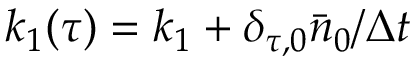
k _ { 1 } ( \tau ) = k _ { 1 } + \delta _ { \tau , 0 } \bar { n } _ { 0 } / \Delta t